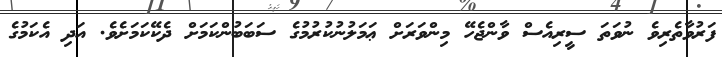
ފަރުވާތެރިވެ ނުވަތަ ސީރިއެސް ވާންޖެހޭ މިންވަރަށް ޢަމަލުނުކުރުމުގެ ސަބަބުންކަމަށް ދެކޭކަމަށެވެ. އަދި އެކަމުގެ